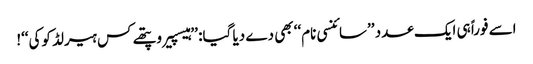
اسے فوراً ہی ایک عدد ’’سائنسی نام‘‘ بھی دے دیا گیا: ’’ہیسپیروپتھے کس ہیرلڈ کوکی‘‘!